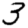
Digit: 3